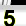
Digit: 5